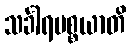
သင်္ခါရပစ္စယာတိ